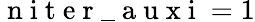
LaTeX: \mathrm{~n~i~t~e~r~\_ ~a~u~x~i~}=1